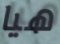
هيا